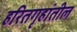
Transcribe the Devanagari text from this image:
हरितगृहांतील